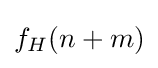
f_{H}(n+m)